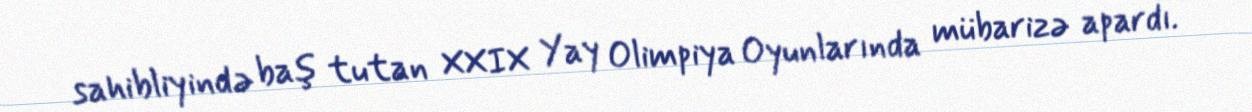
sahibliyində baş tutan XXIX Yay Olimpiya Oyunlarında mübarizə apardı.